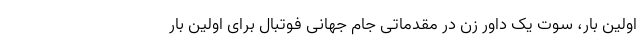
اولین بار، سوت یک داور زن در مقدماتی جام جهانی فوتبال برای اولین بار